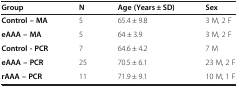
| Group | N | Age (Years ± SD) | Sex |
 | --- | --- | --- | --- |
 | Control – MA | 5 | 65.4 ± 9.8 | 3 M, 2 F |
 | eAAA – MA | 5 | 64 ± 3.9 | 3 M, 2 F |
 | Control - PCR | 7 | 64.6 ± 4.2 | 7 M |
 | eAAA – PCR | 25 | 70.5 ± 6.1 | 23 M, 2 F |
 | rAAA – PCR | 11 | 71.9 ± 9.1 | 10 M, 1 F |